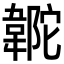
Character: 𩎼